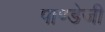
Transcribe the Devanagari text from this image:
पाण्डेजी